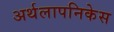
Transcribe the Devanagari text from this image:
अर्थलापनिकेस